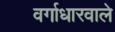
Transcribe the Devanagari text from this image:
वर्गाधारवाले